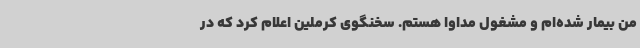
من بیمار شده‌ام و مشغول مداوا هستم. سخنگوی کرملین اعلام کرد که در